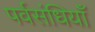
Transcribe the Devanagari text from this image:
पर्वसंधियाँ